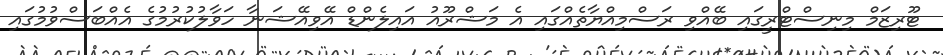
ޓޫރިޒަމް މިނިސްޓްރީގައި ބޭއްވި ރަސްމިއްޔާތެއްގައި އެ މަޝްރޫއު އައިލެންޑް އޭވިއޭޝަނާ ހަވާލުކުރުމުގެ އެއްބަސްވުމުގައި